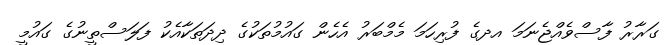
ގަރާރު ފާސްވެއްޖެނަމަ އދގެ ފުރިހަމަ މެމްބަރު އެހެން ގައުމުތަކުގެ ދިދަތަކާއެކު ފަލަސްތީނުގެ ގައުމީ